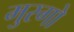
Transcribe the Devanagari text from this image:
मुरगो